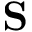
\mathbf { S }